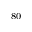
_ { 8 0 }